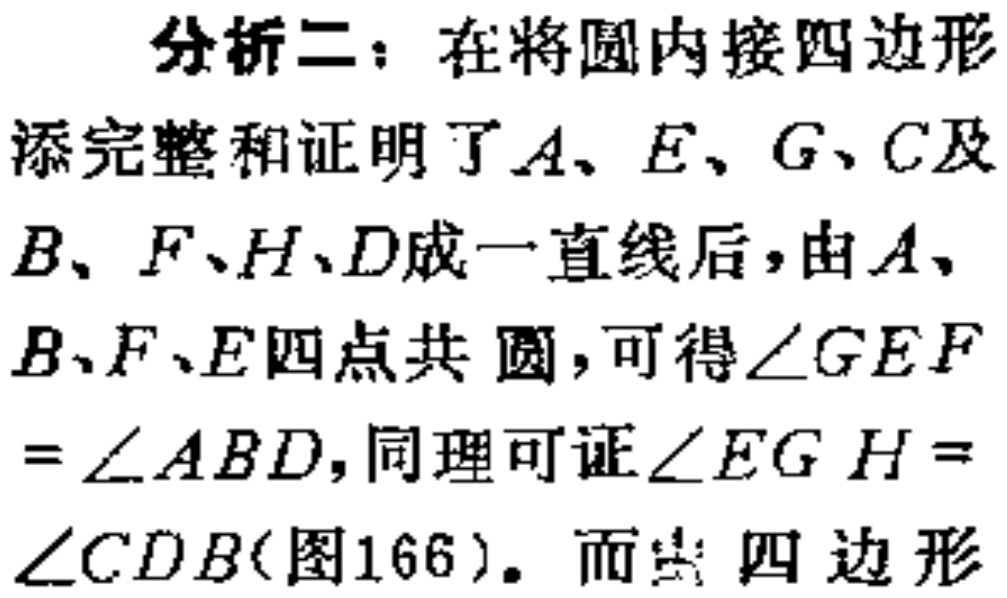
分析二：在将圆内接四边形

添完整和证明了\(A、E、G、C\)及

\(B、F、H、D\)成一直线后，由\(A、\)

\(B、F、E\)四点共圆，可得\(\angle GEF\)

\(=\angle ABD\)，同理可证\(\angle EG H =\)

\(\angle CDB\)(图166)。而由四边形